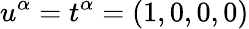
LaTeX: u^{\alpha}=t^{\alpha}=(1,0,0,0)